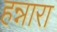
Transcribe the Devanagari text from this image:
हन्नारा